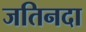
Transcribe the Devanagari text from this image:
जतिनदा